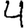
Digit: 4